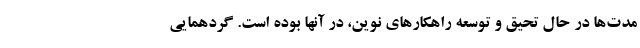
مدت‌ها در حال تحیق و توسعه راهکارهای نوین، در آنها بوده است. گردهمایی